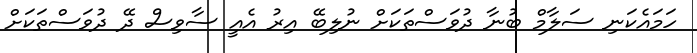
ހަމައެކަނި ސަލާމް ބުނާ ދުވަސްތަކަށް ނުލިބޭ އިރު އެއީ ސާވިސް ދޭ ދުވަސްތަކަށް